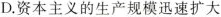
D.资本主义的生产规模迅速扩大